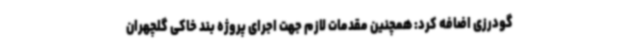
گودرزی اضافه کرد: همچنین مقدمات لازم جهت اجرای پروژه بند خاکی گلچهران